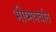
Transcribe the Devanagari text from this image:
भीष्मपर्वात